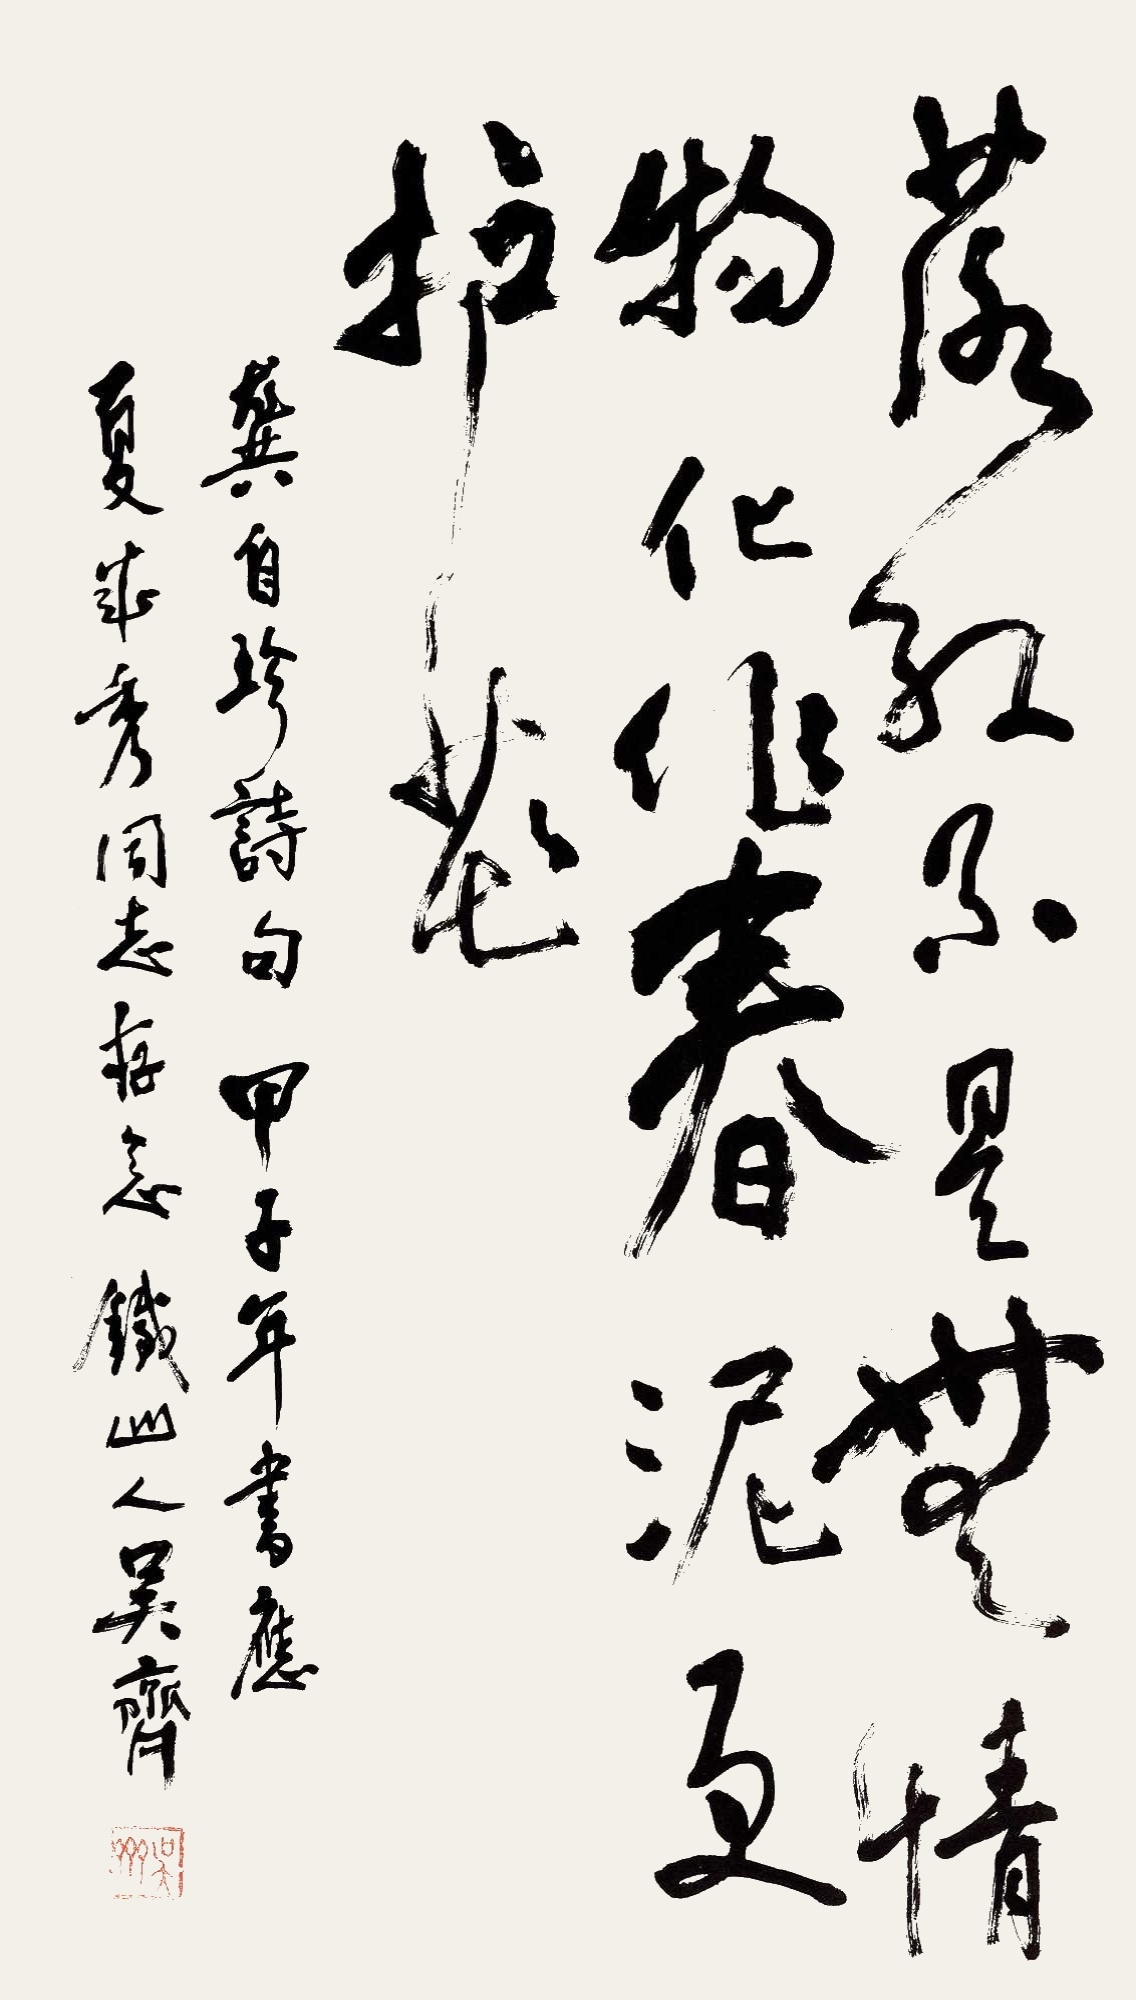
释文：落红本是无情物化作春泥更护花龚自珍诗句甲子年书应夏成秀同志存念，铁山人吴齐